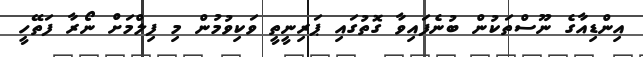
އިންޑިއާގެ ނޫސްތަކުން ބުނެފައިވާ ގޮތުގައި ޕަރިނީތީ ވަކިވުމުން މި ފިލްމަށް ނޯރާ ފަތޭހީ